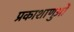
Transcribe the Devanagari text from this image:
प्रकाशाणुओं